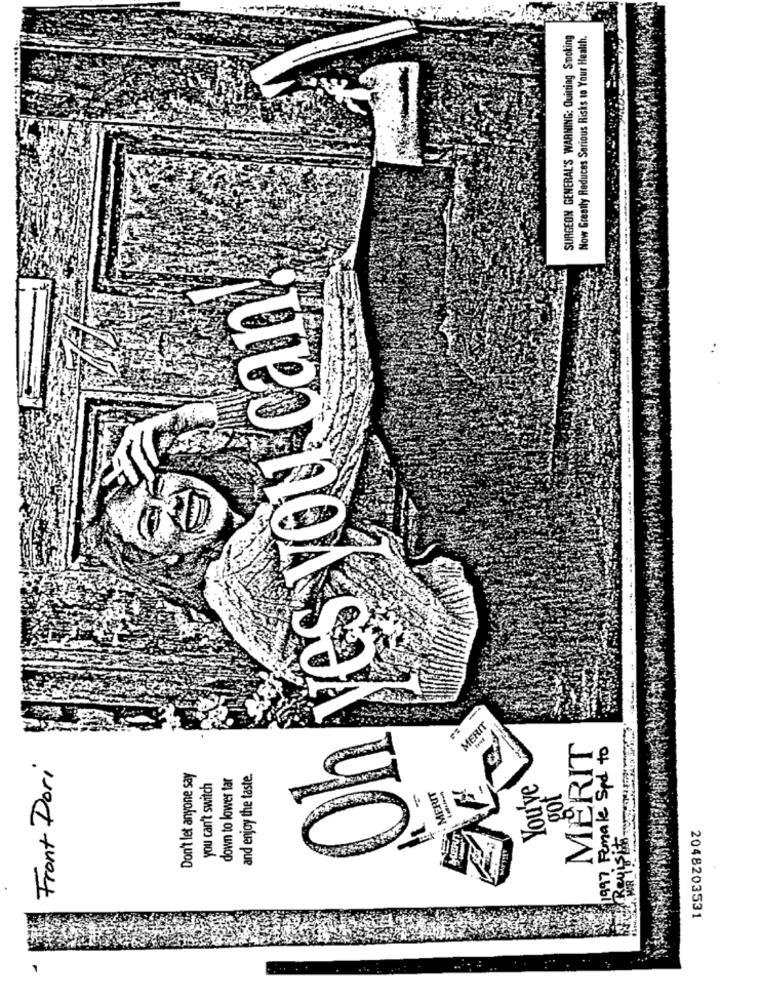
SURGEON GENERAL'S WARNING: Quitting Smoking
Now Greatly Reduces Serious Risks to Your Health.
es you can
-+
MERIT
MERIT
1997 Female Spd to
Front Dori
Don't let anyone say
down to lower tar
and enjoy the taste.
you can't switch
You'ye
got
MERIT
2048203531